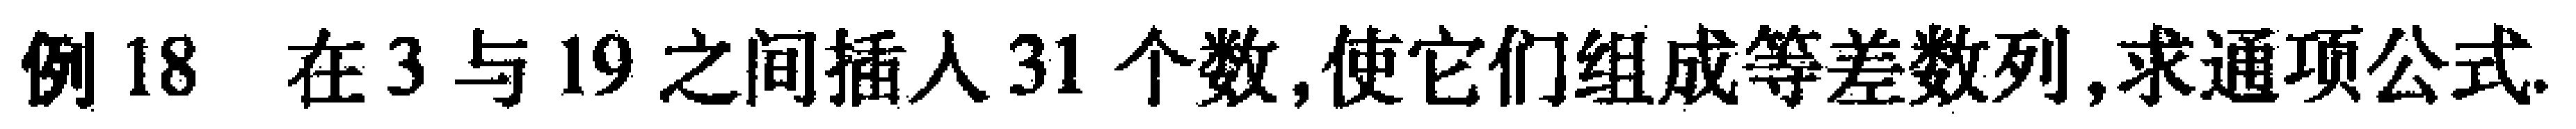
例 18 在3与19之间插入31个数,使它们组成等差数列,求通项公式.